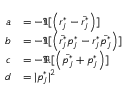
\begin{array} { r l } { a } & { = - \Im [ \left( r _ { j } ^ { * } - \bar { r _ { j } ^ { * } } \right) ] } \\ { b } & { = - \Im [ \left( \bar { r _ { j } ^ { * } } p _ { j } ^ { * } - r _ { j } ^ { * } \bar { p _ { j } ^ { * } } \right) ] } \\ { c } & { = - \Re [ \left( \bar { p _ { j } ^ { * } } + p _ { j } ^ { * } \right) ] } \\ { d } & { = | p _ { j } ^ { * } | ^ { 2 } } \end{array}